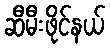
ဆီမီးဖိုင်နယ်